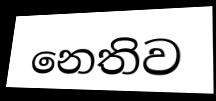
නෙතිව